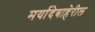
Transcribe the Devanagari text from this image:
मर्यादेबाहेरील